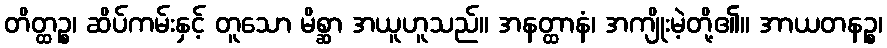
တိတ္ထဉ္စ၊ ဆိပ်ကမ်းနှင့် တူသော မိစ္ဆာ အယူဟူသည်။ အနတ္ထာနံ၊ အကျိုးမဲ့တို့၏။ အာယတနဉ္စ၊